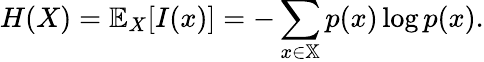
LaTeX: H(X)=\mathbb{E}_{X}[I(x)]=-\sum_{x\in\mathbb{X}}p(x)\log p(x).